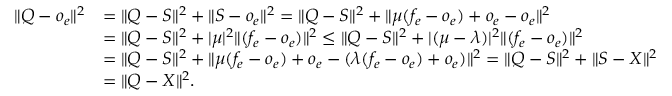
\begin{array} { r l } { \| Q - o _ { e } \| ^ { 2 } } & { = \| Q - S \| ^ { 2 } + \| S - o _ { e } \| ^ { 2 } = \| Q - S \| ^ { 2 } + \| \mu ( f _ { e } - o _ { e } ) + o _ { e } - o _ { e } \| ^ { 2 } } \\ & { = \| Q - S \| ^ { 2 } + | \mu | ^ { 2 } \| ( f _ { e } - o _ { e } ) \| ^ { 2 } \leq \| Q - S \| ^ { 2 } + | ( \mu - \lambda ) | ^ { 2 } \| ( f _ { e } - o _ { e } ) \| ^ { 2 } } \\ & { = \| Q - S \| ^ { 2 } + \| \mu ( f _ { e } - o _ { e } ) + o _ { e } - ( \lambda ( f _ { e } - o _ { e } ) + o _ { e } ) \| ^ { 2 } = \| Q - S \| ^ { 2 } + \| S - X \| ^ { 2 } } \\ & { = \| Q - X \| ^ { 2 } . } \end{array}